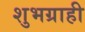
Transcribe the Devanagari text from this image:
शुभग्राही